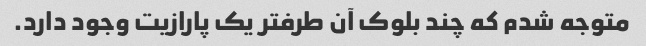
متوجه شدم که چند بلوک آن طرفتر یک پارازیت وجود دارد.